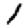
Digit: 1